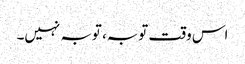
اس وقت توبہ، توبہ نہیں۔